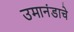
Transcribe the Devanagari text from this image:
उमानंडाचे